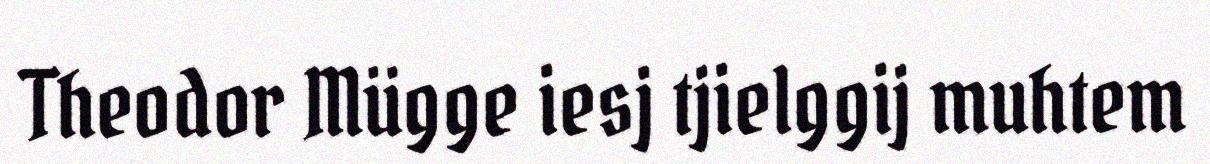
Theodor Mügge iesj tjielggij muhtem